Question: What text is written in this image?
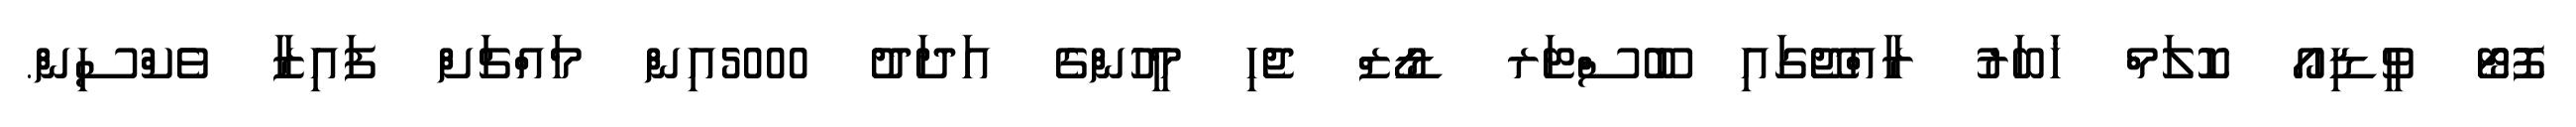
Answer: ފޮޓޯ ވީޑިއޯ ކޮލަމް ޚަބަރު ރާއްޖޭގައި ބޫސްޓަރ ޑޯޒް ޖެހި މީހުންގެ އަދަދު 5000އިން މައްޗަށް ފައިޒާ ވެކްސިން.